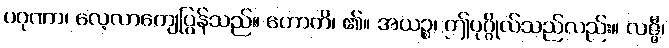
ပဂုဏာ၊ လေ့လာကျေပြွန်သည်။ ဟောတိ၊ ၏။ အယဉ္စ၊ ဤပုဂ္ဂိုလ်သည်လည်း။ လဇ္ဇီ၊